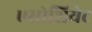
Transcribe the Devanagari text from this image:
एसोशियेट